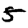
Digit: 5